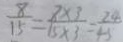
\frac { 8 } { 1 5 } = \frac { 8 \times 3 } { 1 5 \times 3 } = \frac { 2 4 } { 4 5 }